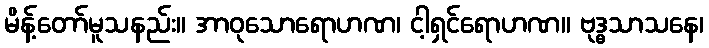
မိန့်တော်မူသနည်း။ အာဝုသောရောဟဏ၊ ငါ့ရှင်ရောဟဏ။ ဗုဒ္ဓသာသနေ၊